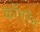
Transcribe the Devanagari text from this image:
कॉनरैन